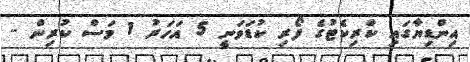
އިންޑިޔާގައި ކްރިކެޓުގެ ފޯރި ކުޑަވަނީ 5 އަހަރު 1 މަސް ކުރިން -